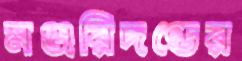
মঞ্জরিদণ্ডের